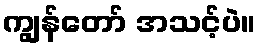
ကျွန်တော် အသင့်ပဲ။